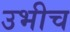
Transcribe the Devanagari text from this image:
उभीच